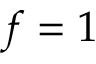
f = 1